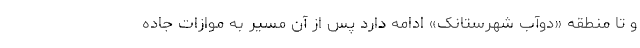
و تا منطقه «دوآب شهرستانک» ادامه دارد پس از آن مسیر به موازات جاده